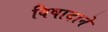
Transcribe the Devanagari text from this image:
विषादाने